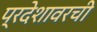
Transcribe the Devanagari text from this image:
प्रदेशावरची